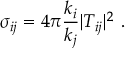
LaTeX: \sigma _ { i j } = 4 \pi { \frac { k _ { i } } { k _ { j } } } | T _ { i j } | ^ { 2 } \, \, .